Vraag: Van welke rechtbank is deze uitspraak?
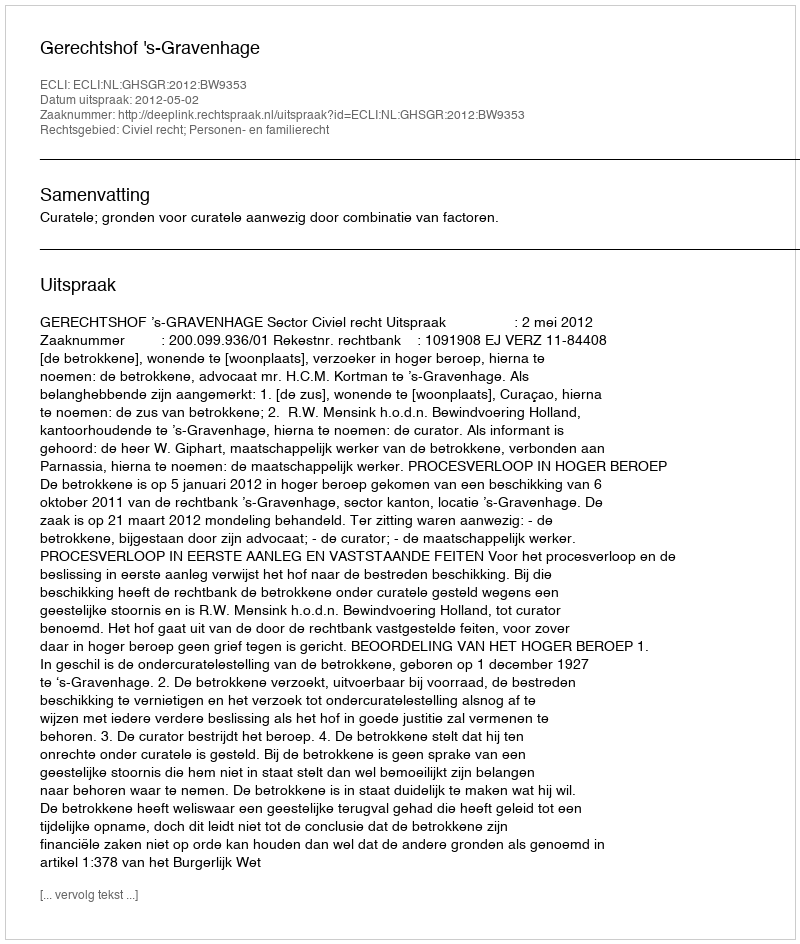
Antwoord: Gerechtshof 's-Gravenhage